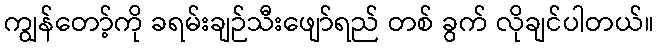
ကျွန်တော့်ကို ခရမ်းချဉ်သီးဖျော်ရည် တစ် ခွက် လိုချင်ပါတယ်။